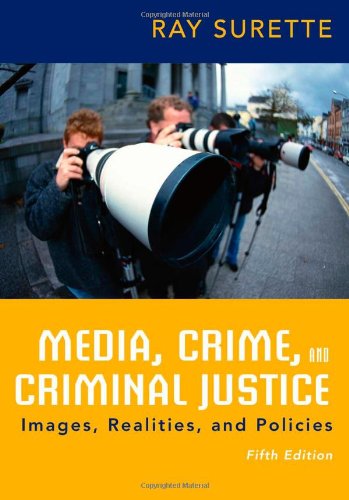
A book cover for Media, Crime, and Criminal Justice; Ray Surette; Law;